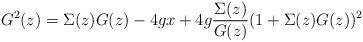
LaTeX: \begin{align*}G^{2}(z) =\Sigma(z) G(z) - 4 g x + 4 g{\Sigma(z)\over{G(z)}}(1+\Sigma(z)G(z))^{2}\end{align*}